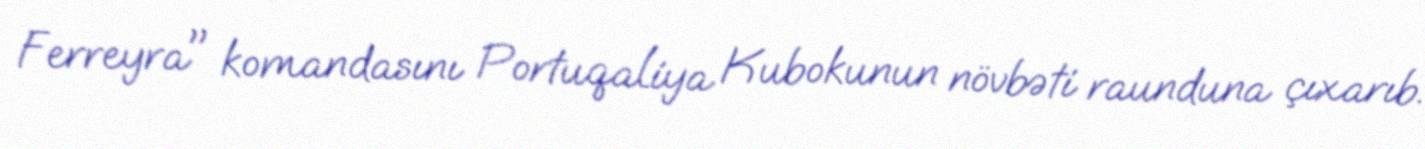
Ferreyra" komandasını Portuqaliya Kubokunun növbəti raunduna çıxarıb.